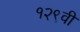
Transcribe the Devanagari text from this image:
१२९वी